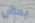
بعض